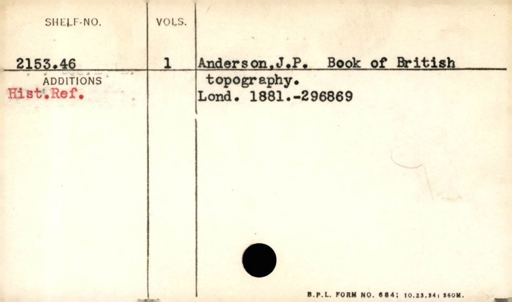
Label: content